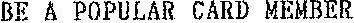
BE A POPULAR CARD MEMBER